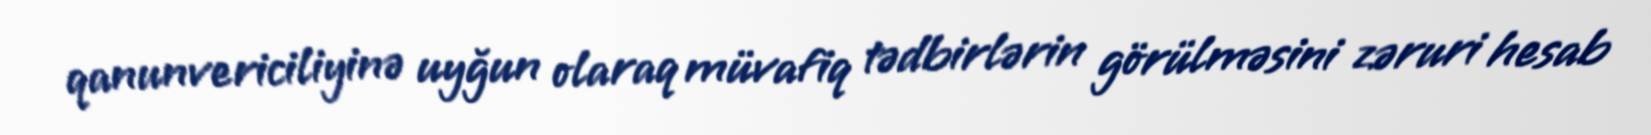
qanunvericiliyinə uyğun olaraq müvafiq tədbirlərin görülməsini zəruri hesab